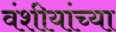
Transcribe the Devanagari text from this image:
वंशीयांच्या